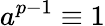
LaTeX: a^{p-1}\equiv 1